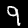
Label: 9